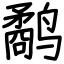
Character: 鹬